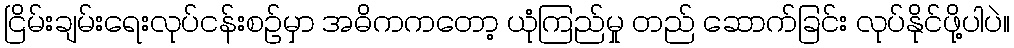
ငြိမ်းချမ်းရေးလုပ်ငန်းစဉ်မှာ အဓိကကတော့ ယုံကြည်မှု တည် ဆောက်ခြင်း လုပ်နိုင်ဖို့ပါပဲ။